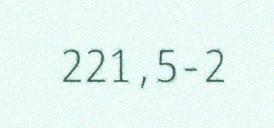
221,5-2